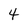
Character: 4